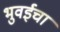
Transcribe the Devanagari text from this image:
भुवईचा